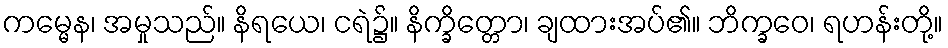
ကမ္မေန၊ အမှုသည်။ နိရယေ၊ ငရဲ၌။ နိက္ခိတ္တော၊ ချထားအပ်၏။ ဘိက္ခဝေ၊ ရဟန်းတို့။